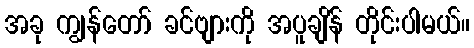
အခု ကျွန်တော် ခင်ဗျားကို အပူချိန် တိုင်းပါမယ်။